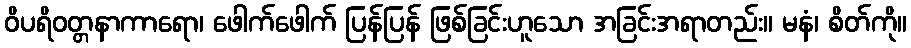
ဝိပရိဝတ္တနာကာရော၊ ဖေါက်ဖေါက် ပြန်ပြန် ဖြစ်ခြင်းဟူသော အခြင်းအရာတည်း။ မနံ၊ စိတ်ကို။